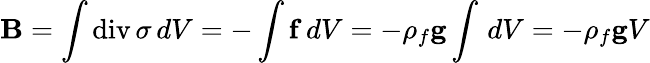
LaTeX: \mathbf{B}=\int\operatorname{div}\sigma\, dV=-\int\mathbf{f}\, dV=-\rho_{f}\mathbf{g}\int\, dV=-\rho_{f}\mathbf{g}V